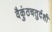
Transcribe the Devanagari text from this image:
वैकुंठचतुर्दशी